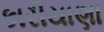
કારીયાણા